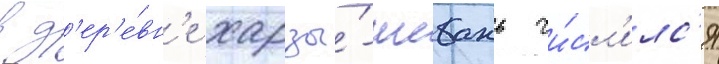
в д'ер'е́вн'е харзы́-шебань чи́сл'илс'я